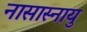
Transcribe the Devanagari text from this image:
नासास्नायु